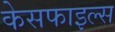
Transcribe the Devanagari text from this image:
केसफाइल्स